Leaving Certificate, 1899
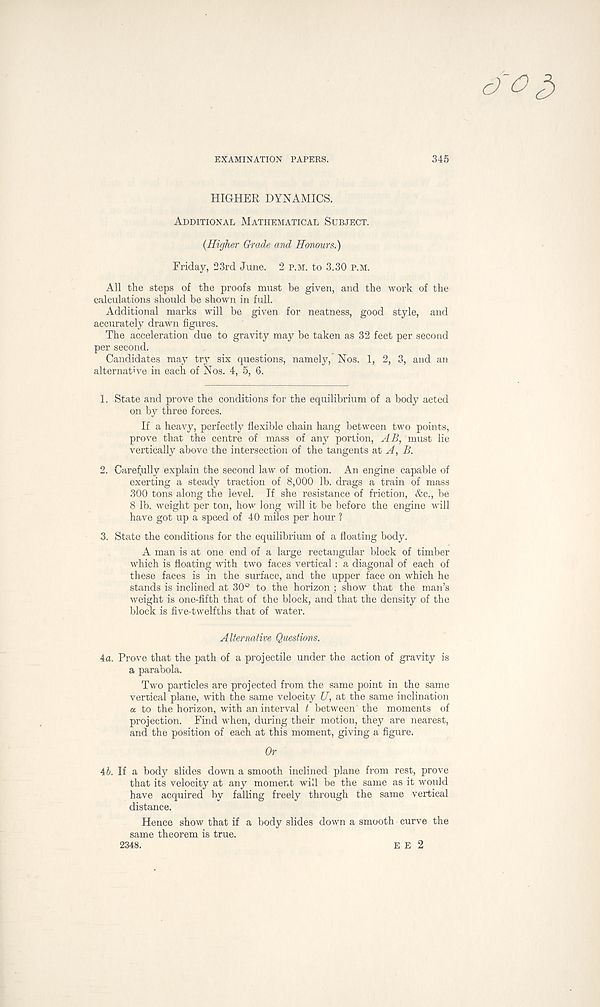
EXAMINATION PAPERS.
345
HIGHER DYNAMICS.
Additional Mathematical Subject.
{Higher Grade and Honours.)
Friday, 23rd June. 2 p.m. to 3.30 p.m.
All the steps of the proofs must be given, and the work of the
calculations should be shown in full.
Additional marks will be given for neatness, good style, and
accurately drawn figures.
The acceleration due to gravity may he taken as 32 feet per second
per second.
Candidates may try six questions, namely, Nos. 1, 2, 3, and an
alternative in each of Nos. 4, 5, 6.
1. State and prove the conditions for the equilibrium of a body acted
on by three forces.
If a heavy, perfectly flexible chain hang between two points,
prove that the centre of mass of any portion, AB, must lie
vertically above the intersection of the tangents sti A, B.
2. Carefully explain the second law of motion. An engine capable of
exerting a steady traction of 8,000 lb. drags a train of mass
300 tons along the level. If she resistance of friction, &c., be
8 lb. weight per ton, how long will it be before the engine will
have got up a speed of 40 miles per hour ?
3. State the conditions for the equilibrium of a floating body.
A man is at one end of a large rectangular block of timber
which is floating with two faces vertical: a diagonal of each of
these faces is in the surface, and the upper face on which he
stands is inclined at 30° to the horizon; show that the man’s
weight is one-fifth that of the block, and that the density of the
block is five-twelfths that of water.
Alternative Questions.
4a. Prove that the path of a projectile under the action of gravity is
a parabola.
Two particles are projected from the same point in the same
vertical plane, with the same velocity U, at the same inclination
a to the horizon, with an interval t between' the moments of
projection. Find when, during their motion, they are nearest,
and the position of each at this moment, giving a figure.
Or
4b. If a body slides down a smooth inclined plane from rest, prove
that its velocity at any moment will be the same as it would
have acquired by falling freely through the same vertical
distance.
Hence show that if a body slides down a smooth curve the
same theorem is true.
2348.
E E 2